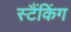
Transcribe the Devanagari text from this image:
स्टैंकिंग